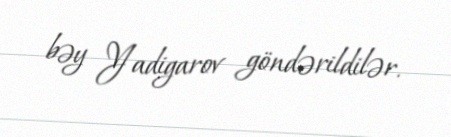
bəy Yadigarov göndərildilər.